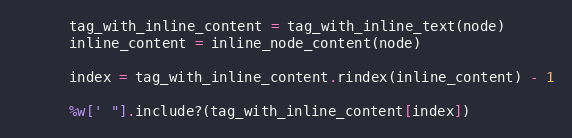
Language: Ruby
      tag_with_inline_content = tag_with_inline_text(node)
      inline_content = inline_node_content(node)

      index = tag_with_inline_content.rindex(inline_content) - 1

      %w[' "].include?(tag_with_inline_content[index])